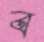
ব